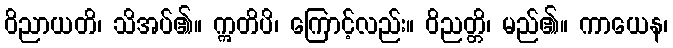
ဝိညာယတိ၊ သိအပ်၏။ ဣတိပိ၊ ကြောင့်လည်း။ ဝိညတ္တိ၊ မည်၏။ ကာယေန၊